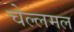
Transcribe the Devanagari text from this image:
चेल्लमल